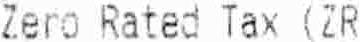
ZERO RATED TAX (ZR